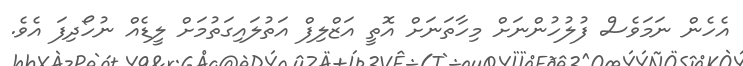
އެހެން ނަމަވެސް ފުލުހުންނަށް މިހާތަނަށް އޮތީ އަޒްލިފް އަތުލައިގަތުމަށް ލީޑެއް ނުހޯދިފަ އެވެ.